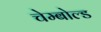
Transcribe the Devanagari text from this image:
चेम्बोल्ड